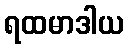
ရထမာဒါယ